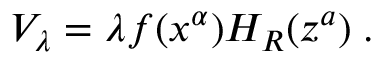
V _ { \lambda } = \lambda f ( x ^ { \alpha } ) H _ { R } ( z ^ { a } ) \; .